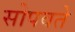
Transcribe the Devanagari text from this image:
सोपवते